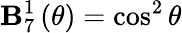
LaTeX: \mathbf{B}_{7}^{1}\left(\theta\right)=\cos^{2}\theta